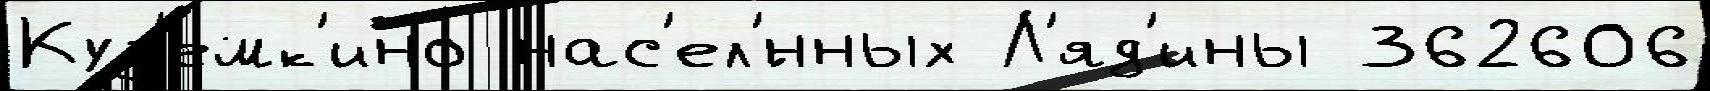
Куз'емк'ино нас'ел'́нных Л'яд'ины 362606